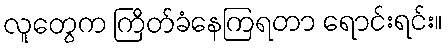
လူတွေက ကြိတ်ခံနေကြရတာ ရောင်းရင်း။